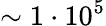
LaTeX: \sim 1\cdot 10^{5}